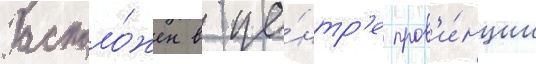
Располо́жен в це́нтр'е пров'и́нции